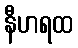
နီဟရထ